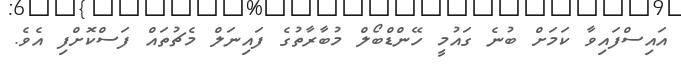
އައިސްފައިވާ ކަމަށް ބުނެ ގައުމީ ހޭންޑްބޯލް މުބާރާތުގެ ފައިނަލް މެޗުތައް ފަސްކޮށްފި އެވެ.